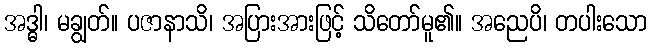
အဒ္ဓါ၊ မချွတ်။ ပဇာနာသိ၊ အပြားအားဖြင့် သိတော်မူ၏။ အညေပိ၊ တပါးသော